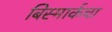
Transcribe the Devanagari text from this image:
बिस्मार्कचा